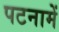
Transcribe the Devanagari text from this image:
पटनामें